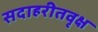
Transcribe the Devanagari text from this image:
सदाहरीतवृक्ष